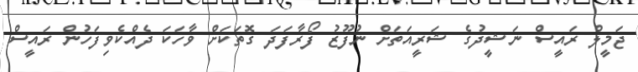
ޖަމީލް ރައީސް ނަޝީދުގެ ޝަރީއަތަށް ނުފޫޒު ފޯރާފަދަ ގޮތަކަށް ވާހަކަ ދެއްކެވިފަހުން ރައީސް